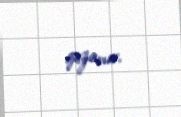
qazanır.